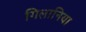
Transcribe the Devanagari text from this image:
गिलानिया